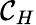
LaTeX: \mathcal{C}_{H}